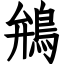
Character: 鴘